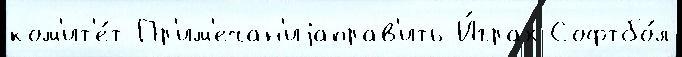
ком'ит'е́т Пр'им'ечан'иjаправ'ить И́грах Софтбо́л